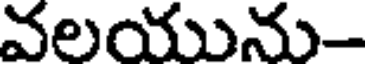
వలయును-